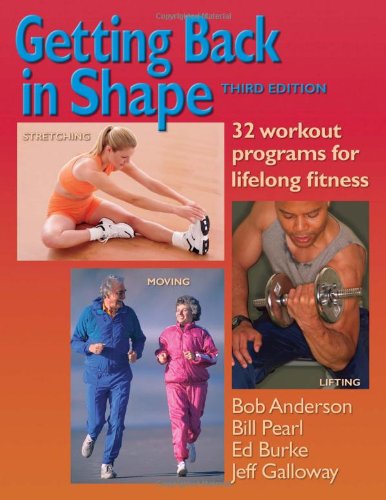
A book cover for Getting Back in Shape: 32 Workout Programs for Lifelong Fitness; Bob Anderson; Sports & Outdoors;